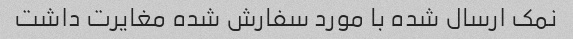
نمک ارسال شده با مورد سفارش شده مغایرت داشت